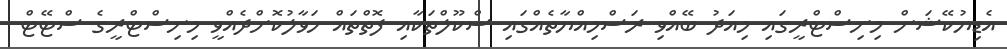
އެޑިޔުކޭޝަން މިނިސްޓްރީގައި މިއަދު ބޭއްވި ރަސްމިއްޔާތެއްގައި ސްކޫލްތަކާއި ފޮތްތައް ހަވާލުކޮށްދެއްވީ މިނިސްޓްރީގެ ސްޓޭޓް